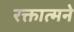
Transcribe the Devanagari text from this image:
रक्तात्मने